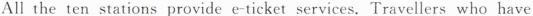
All the ten stations provide e-ticket services. Travellers who have